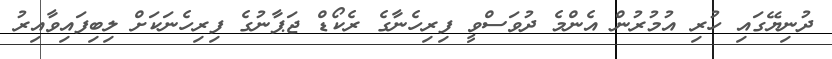
ދުނިޔޭގައި ހުރި އުމުރުން އެންމެ ދުވަސްވީ ފިރިހެނާގެ ރެކޯޑް ޖަޕާނުގެ ފިރިހެނަކަށް ލިބިފައިވާއިރު